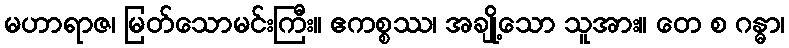
မဟာရာဇ၊ မြတ်သောမင်းကြီး။ ဧကစ္စဿ၊ အချို့သော သူအား။ တေ စ ဂန္ဓာ၊